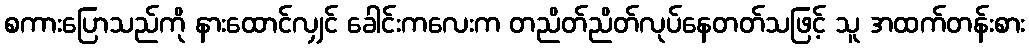
စကားပြောသည်ကို နားထောင်လျှင် ခေါင်းကလေးက တညိတ်ညိတ်လုပ်နေတတ်သဖြင့် သူ အထက်တန်းစား